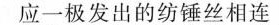
应一极发出的纺锤丝相连